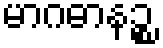
မာဂဓာနဉ္စ